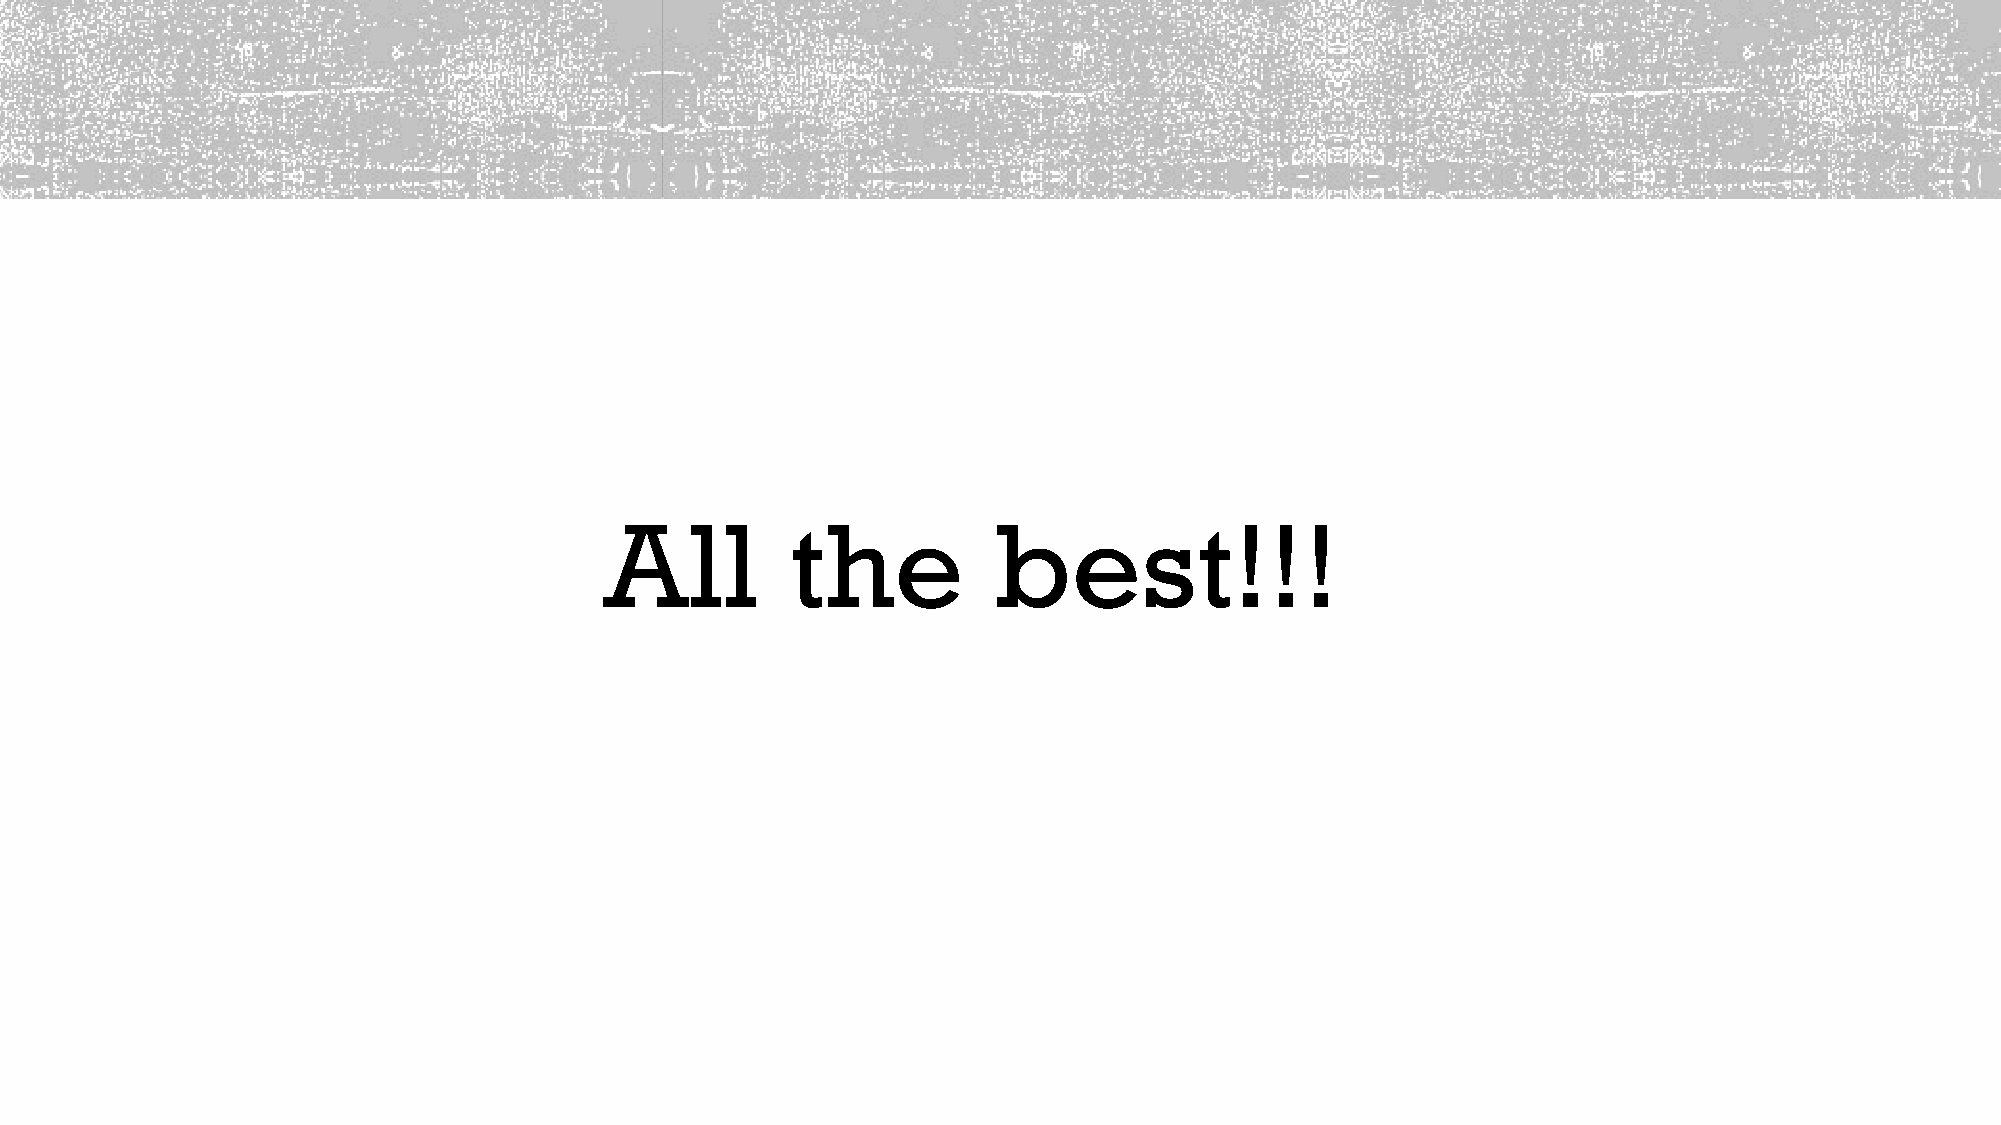
All         the           best!!!